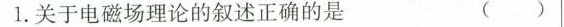
1.关于电磁场理论的叙述正确的是 ()